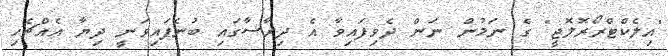
"އިލެކްޓްރޯރޮލޮޖީ" ގެ ނަމުން ނަން ދެވިފައިވާ އެ ދިރާސާގައި ބުނެފައިވަނީ ދިޔާ އެއްޗެހި